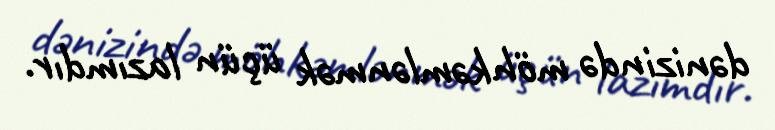
dənizində möhkəmlənmək üçün lazımdır.